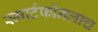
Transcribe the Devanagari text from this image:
स्मार्टफोनलाच